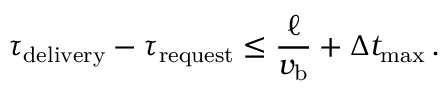
\tau _ { \mathrm { d e l i v e r y } } - \tau _ { \mathrm { r e q u e s t } } \le \frac { \ell } { v _ { \mathrm { b } } } + \Delta t _ { \mathrm { m a x } } \, .